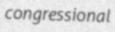
congressional